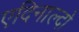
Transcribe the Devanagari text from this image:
एदिनाल्दो